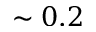
\sim 0 . 2